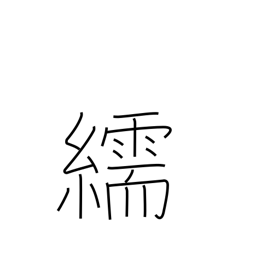
Meaning: satin